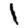
Digit: 1